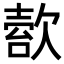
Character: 𣣿